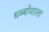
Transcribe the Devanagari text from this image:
धब्बोंवाला